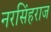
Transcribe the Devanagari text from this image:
नरसिंहराज